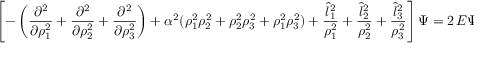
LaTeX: \left[ - \left( { \frac { \partial ^ { 2 } } { \partial \rho _ { 1 } ^ { 2 } } } + { \frac { \partial ^ { 2 } } { \partial \rho _ { 2 } ^ { 2 } } } + { \frac { \partial ^ { 2 } } { \partial \rho _ { 3 } ^ { 2 } } } \right) + { \alpha ^ { 2 } } ( \rho _ { 1 } ^ { 2 } \rho _ { 2 } ^ { 2 } + \rho _ { 2 } ^ { 2 } \rho _ { 3 } ^ { 2 } + \rho _ { 1 } ^ { 2 } \rho _ { 3 } ^ { 2 } ) + \frac { { \hat { l } _ { 1 } } ^ { 2 } } { \rho _ { 1 } ^ { 2 } } + \frac { { \hat { l } _ { 2 } } ^ { 2 } } { \rho _ { 2 } ^ { 2 } } + \frac { { \hat { l } _ { 3 } } ^ { 2 } } { \rho _ { 3 } ^ { 2 } } \right] \Psi = 2 \, E \Psi